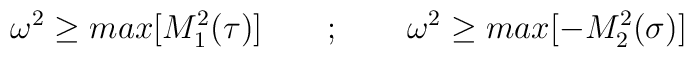
\omega^{2} \ge max[M^{2}_{1}(\tau)]\qquad ; \qquad \omega^{2} \ge max[-M^{2}_{2}(\sigma)]